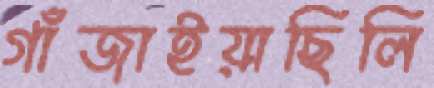
গাঁজাইয়াছিলি